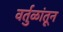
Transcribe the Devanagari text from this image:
वर्तुळांतून